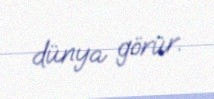
dünya görür.